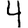
Digit: 4